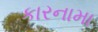
કારનામા